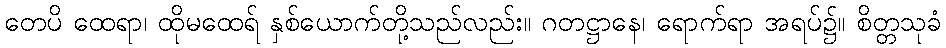
တေပိ ထေရာ၊ ထိုမထေရ် နှစ်ယောက်တို့သည်လည်း။ ဂတဋ္ဌာနေ၊ ရောက်ရာ အရပ်၌။ စိတ္တသုခံ